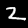
Digit: 2